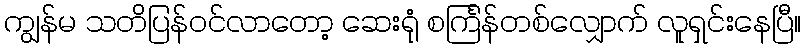
ကျွန်မ သတိပြန်ဝင်လာတော့ ဆေးရုံ စင်္ကြန်တစ်လျှောက် လူရှင်းနေပြီ။